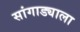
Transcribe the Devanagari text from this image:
सांगाड्याला